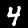
Digit: 4